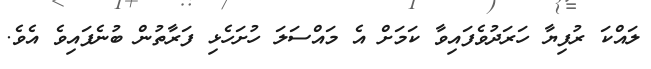
ލައްކަ ރުފިޔާ ހަރަދުވެފައިވާ ކަމަށް އެ މައްސަލަ ހުށަހެޅި ފަރާތުން ބުނެފައިވެ އެވެ.